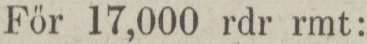
För 17,000 rdr rmt: